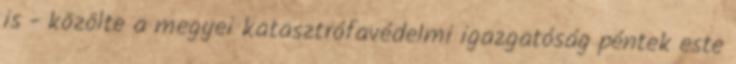
is - közölte a megyei katasztrófavédelmi igazgatóság péntek este